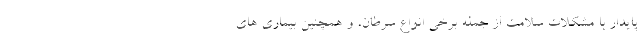
پایدار با مشکلات سلامت از جمله برخی انواع سرطان، و همچنین بیماری های